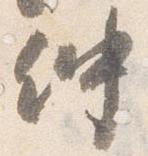
仲